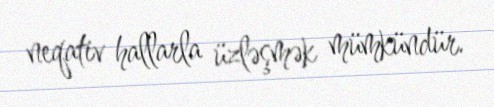
neqativ hallarla üzləşmək mümkündür.